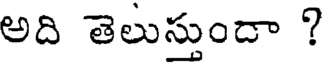
అది తెలుస్తుందా ?